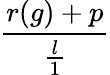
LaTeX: \frac{r(g)+p}{\frac{l}{1}}